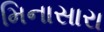
મિનાસારા